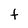
Character: t